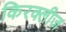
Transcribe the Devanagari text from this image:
किरक्लीज